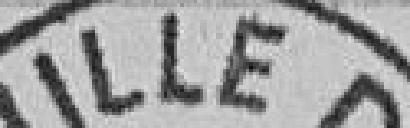
VILLE DE